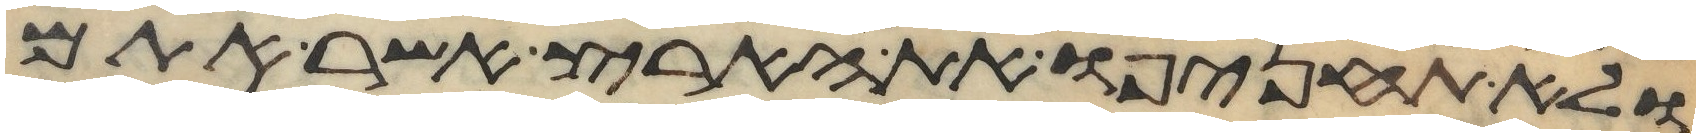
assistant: ולא תחניפו את הארץ אשר אתם